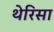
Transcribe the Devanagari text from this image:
थेरिसा